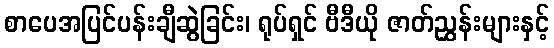
စာပေအပြင်ပန်းချီဆွဲခြင်း၊ ရုပ်ရှင် ဗီဒီယို ဇာတ်ညွှန်းများနှင့်